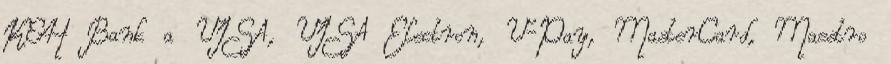
K&H Bank a VISA, VISA Electron, V-Pay, MasterCard, Maestro